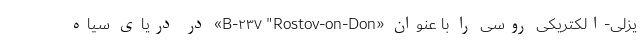
یزلی-الکتریکی روسی را با عنوان «B-۲۳۷ "Rostov-on-Don» در دریای سیاه